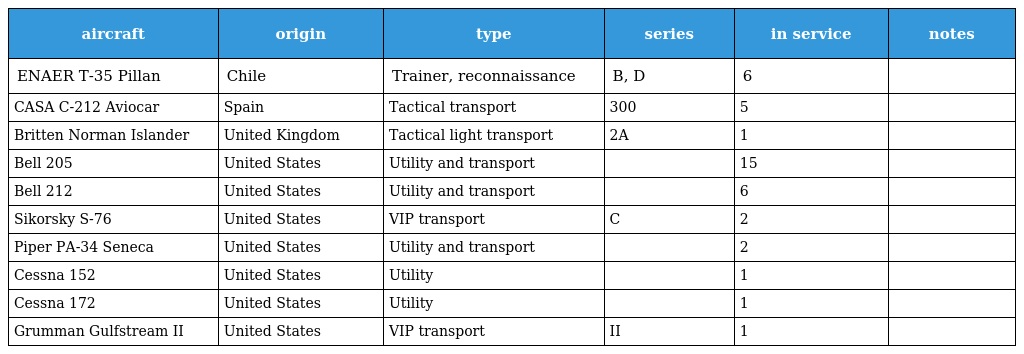
| aircraft | origin | type | series | in service | notes |
 | --- | --- | --- | --- | --- | --- |
 | ENAER T-35 Pillan | Chile | Trainer, reconnaissance | B, D | 6 |  |
 | CASA C-212 Aviocar | Spain | Tactical transport | 300 | 5 |  |
 | Britten Norman Islander | United Kingdom | Tactical light transport | 2A | 1 |  |
 | Bell 205 | United States | Utility and transport |  | 15 |  |
 | Bell 212 | United States | Utility and transport |  | 6 |  |
 | Sikorsky S-76 | United States | VIP transport | C | 2 |  |
 | Piper PA-34 Seneca | United States | Utility and transport |  | 2 |  |
 | Cessna 152 | United States | Utility |  | 1 |  |
 | Cessna 172 | United States | Utility |  | 1 |  |
 | Grumman Gulfstream II | United States | VIP transport | II | 1 |  |